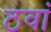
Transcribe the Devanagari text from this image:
ठवां